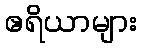
ဧရိယာများ